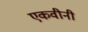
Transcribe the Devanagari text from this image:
एकवीनी